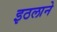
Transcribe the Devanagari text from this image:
इठलाने